Supplement to the account of plague administration in the Bombay Presidency from September 1896 till May 1897
Year: 1896
Disease focus: Plague
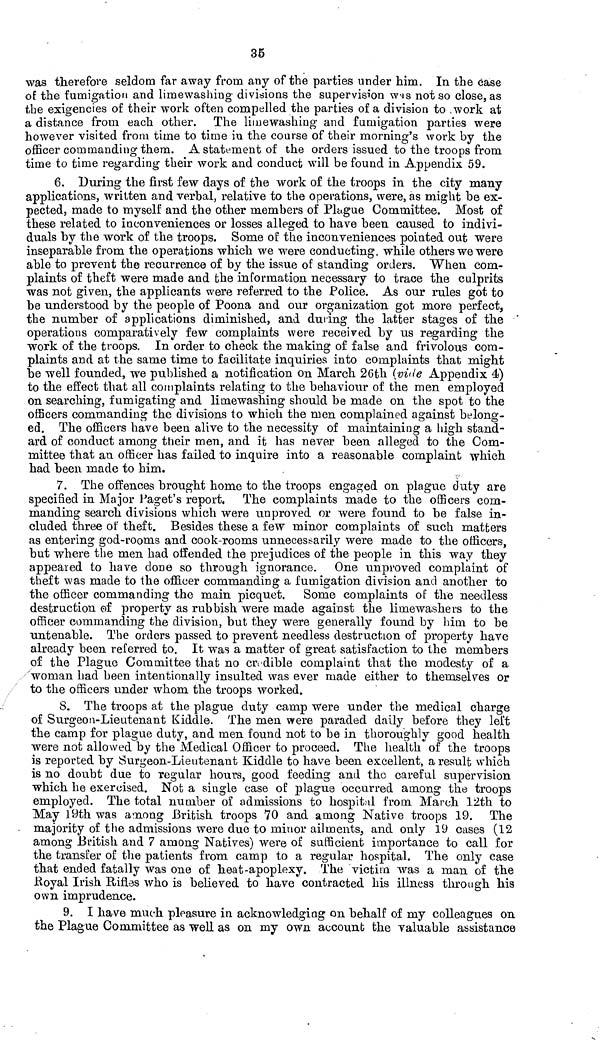
35
was therefore seldom far away from any of the parties under him. In the case
of the fumigation and limewashing divisions the supervision was not so close, as
the exigencies of their work often compelled the parties of a division to work at
a distance from each other. The limewashing and fumigation parties were
however visited from time to time in the course of their morning's work by the
officer commanding them. A statement of the orders issued to the troops from
time to time regarding their work and conduct will be found in Appendix 59.
6. During the first few days of the work of the troops in the city many
applications, written and verbal, relative to the operations, were, as might be ex-
pected, made to myself and the other members of Plague Committee. Most of
these related to inconveniences or losses alleged to have been caused to indivi-
duals by the work of the troops. Some of the inconveniences pointed out were
inseparable from the operations which we were conducting, while others we were
able to prevent the recurrence of by the issue of standing orders. When com-
plaints of theft were made and the information necessary to trace the culprits
was not given, the applicants were referred to the Police. As our rules got to
be understood by the people of Poona and our organization got more perfect,
the number of applications diminished, and during the latter stages of the
operations comparatively few complaints were received by us regarding the
work of the troops. In order to check the making of false and frivolous com-
plaints and at the same time to facilitate inquiries into complaints that might
be well founded, we published a notification on March 26th (vide Appendix 4)
to the effect that all complaints relating to the behaviour of the men employed
on searching, fumigating and limewashing should be made on the spot to the
officers commanding the divisions to which the men complained against belong-
ed. The officers have been alive to the necessity of maintaining a high stand-
ard of conduct among their men, and it has never been alleged to the Com-
mittee that an officer has failed to inquire into a reasonable complaint which
had been made to him.
7. The offences brought home to the troops engaged on plague duty are
specified in Major Paget's report. The complaints made to the officers com-
manding search divisions which were unproved or were found to be false in-
cluded three of theft. Besides these a few minor complaints of such matters
as entering god-rooms and cook-rooms unnecessarily were made to the officers,
but where the men had offended the prejudices of the people in this way they
appeared to have done so through ignorance. One unproved complaint of
theft was made to the officer commanding a fumigation division and another to
the officer commanding the main picquet. Some complaints of the needless
destruction of property as rubbish were made against the lime washers to the
officer commanding the division, but they were generally found by him to be
untenable. The orders passed to prevent needless destruction of property have
already been referred to. It was a matter of great satisfaction to the members
of the Plague Committee that no credible complaint that the modesty of a
woman had been intentionally insulted was ever made either to themselves or
to the officers under whom the troops worked.
8. The troops at the plague duty camp were under the medical charge
of Surgeon-Lieutenant Kiddle. The men were paraded daily before they left
the camp for plague duty, and men found not to be in thoroughly good health
were not allowed by the Medical Officer to proceed. The health of the troops
is reported by Surgeon-Lieutenant Kiddle to have been excellent, a result which
is no doubt due to regular hours, good feeding and the careful supervision
which he exercised. Not a single case of plague occurred among the troops
employed. The total number of admissions to hospital from March 12th to
May 19th was among British troops 70 and among Native troops 19. The
majority of the admissions were due to minor ailments, and only 19 cases (12
among British and 7 among Natives) were of sufficient importance to call for
the transfer of the patients from camp to a regular hospital. The only case
that ended fatally was one of heat-apoplexy. The victim was a man of the
Royal Irish Rifles who is believed to have contracted his illness through his
own imprudence.
9. I have much pleasure in acknowledging on behalf of my colleagues on
the Plague Committee as well as on my own account the valuable assistance